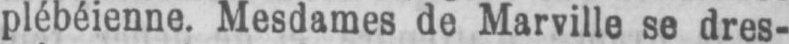
plébéienne. Mesdames de Marville se dres-